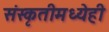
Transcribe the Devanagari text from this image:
संस्कृतीमध्येही